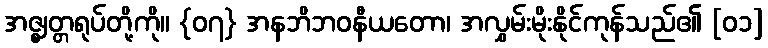
အဇ္ဈတ္တရုပ်တို့ကို။ {၀၇} အနဘိဘဝနီယတော၊ အလွှမ်းမိုးနိုင်ကုန်သည်၏ [၀၁]